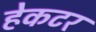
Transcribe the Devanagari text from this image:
हेकटर